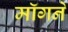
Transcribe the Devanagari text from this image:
मॉगने